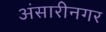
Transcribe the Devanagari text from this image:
अंसारीनगर